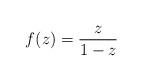
LaTeX: \begin{align*} f(z) =\frac{z}{1-z}\end{align*}